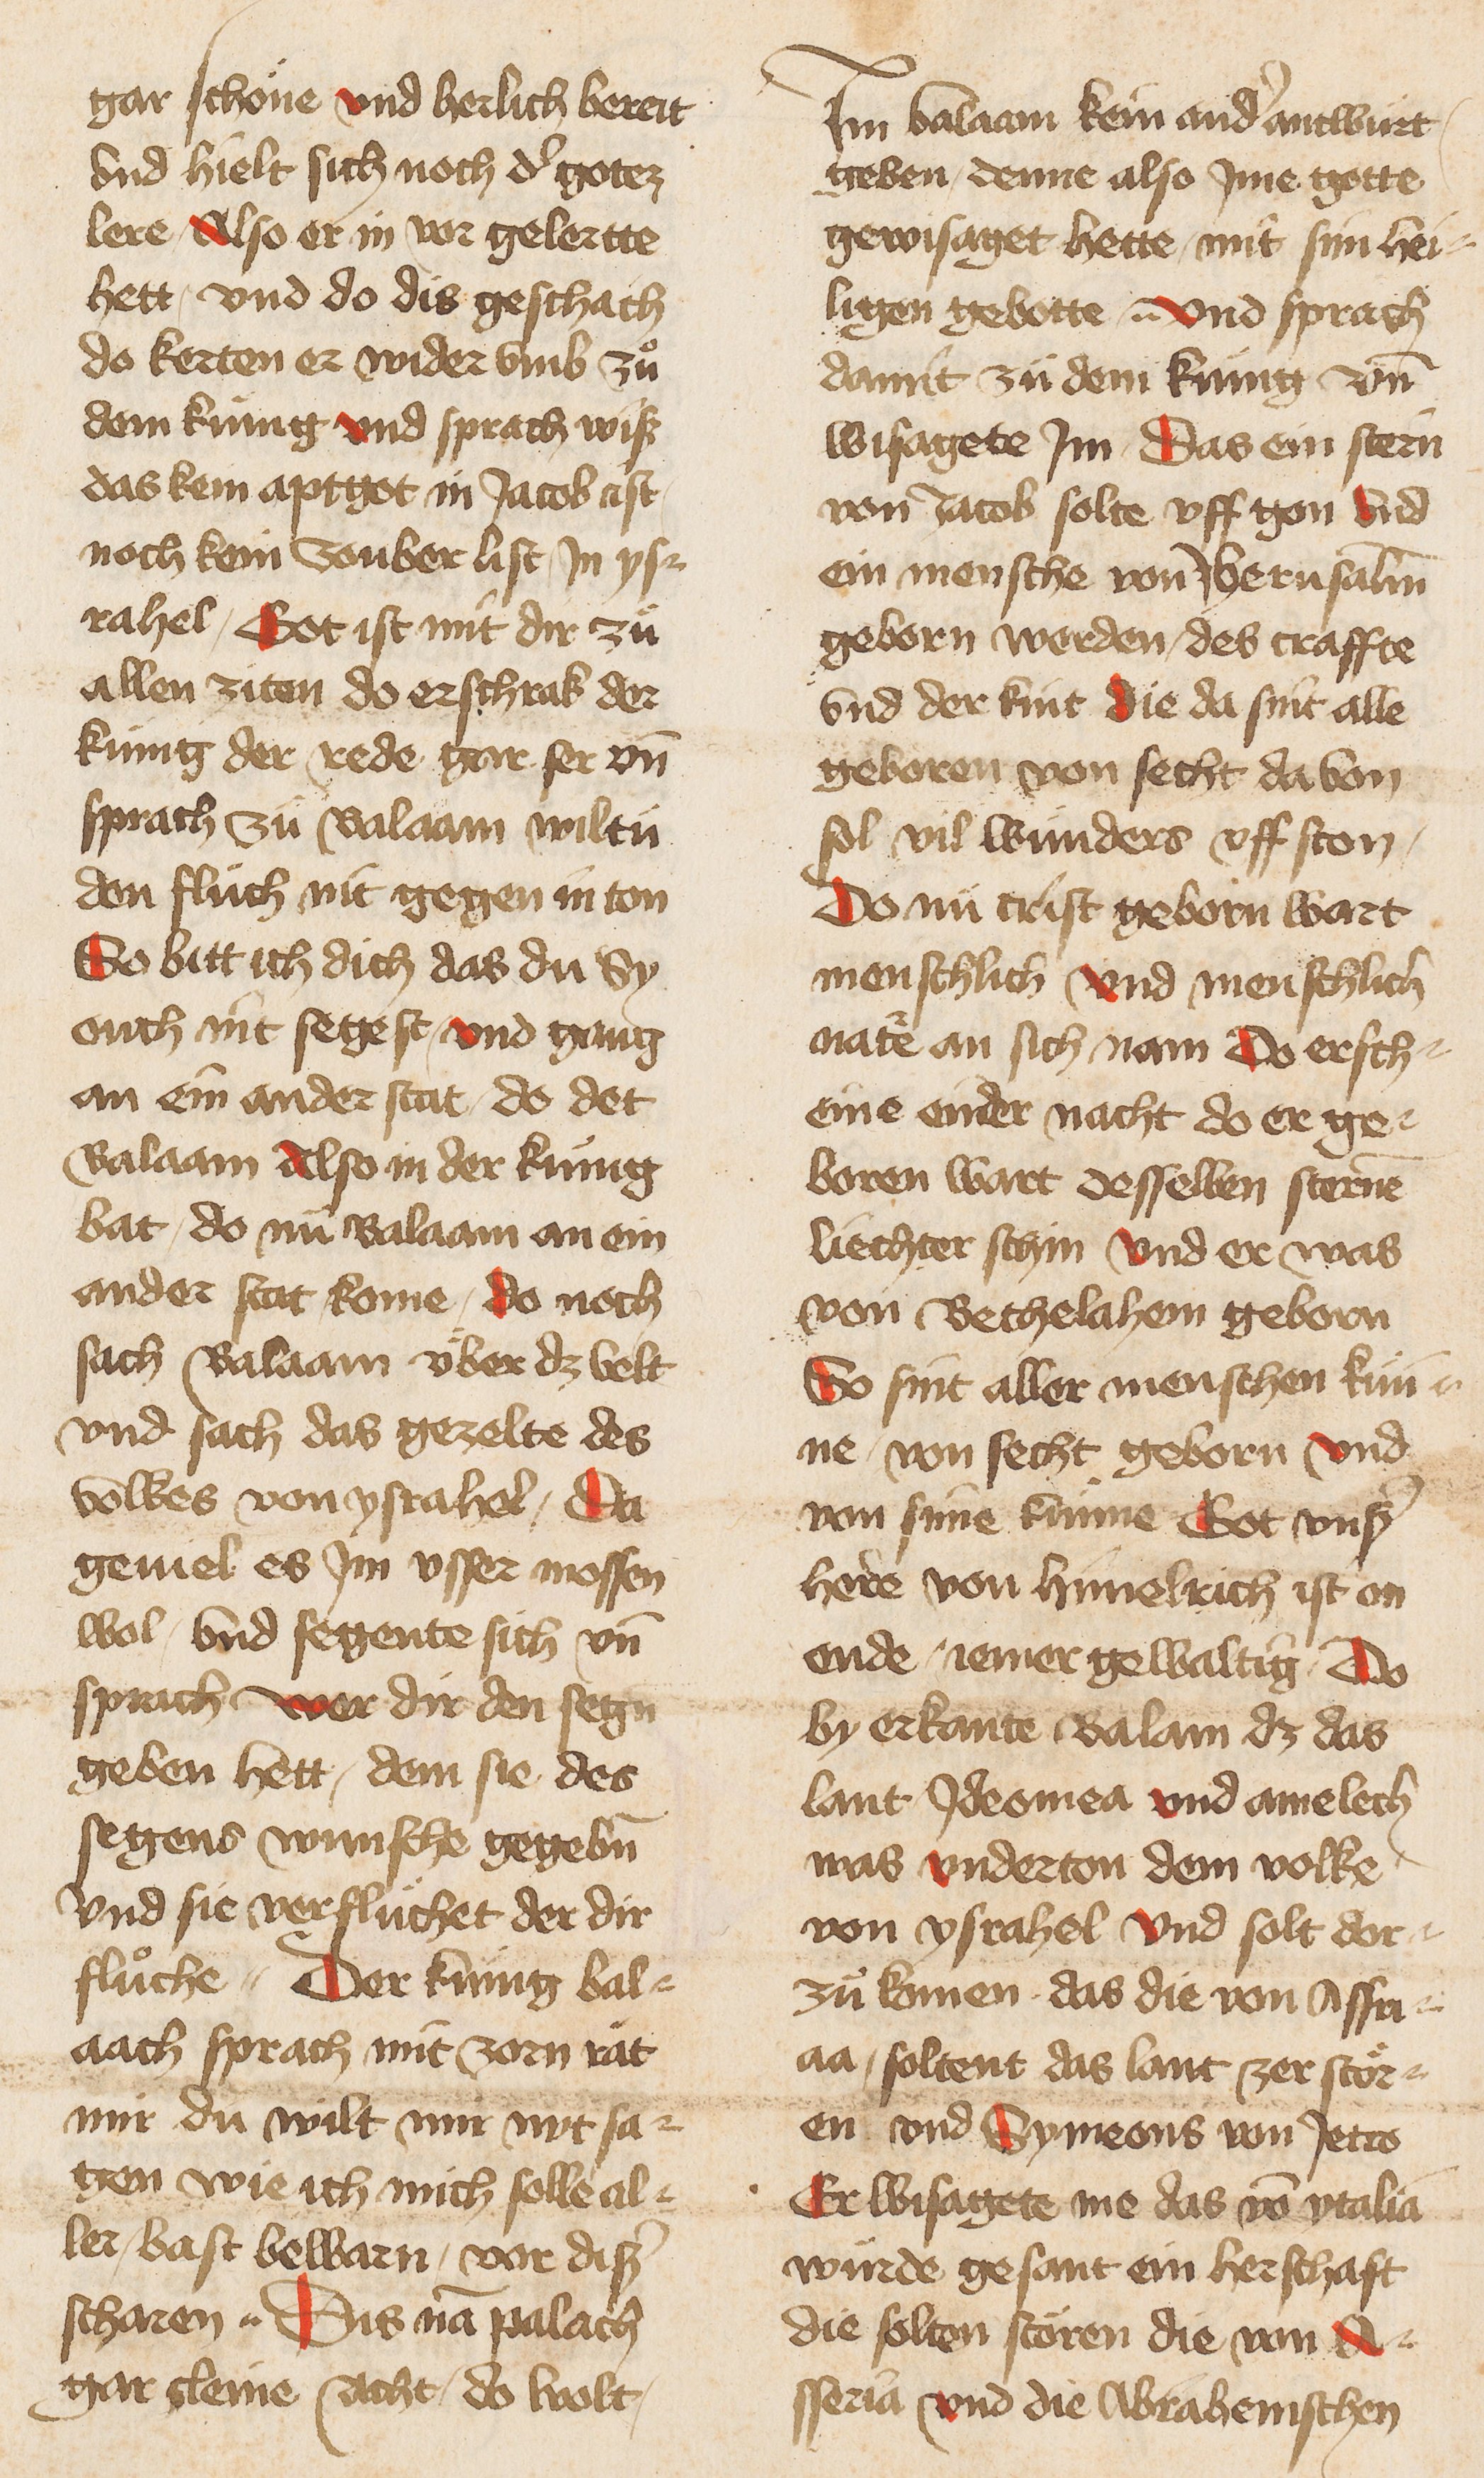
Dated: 1400–1499